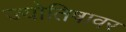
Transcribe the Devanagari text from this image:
ज्योतिषावर